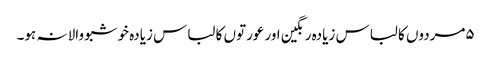
۵مردوں کا لباس زیادہ رنگین اور عورتوں کا لباس زیادہ خوشبو والا نہ ہو۔